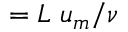
= L \ u _ { m } / \nu